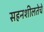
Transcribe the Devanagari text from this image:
सहनशीलतेचे